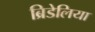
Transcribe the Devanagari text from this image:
ब्रिडेलिया